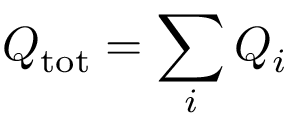
Q _ { \mathrm { t o t } } = \sum _ { i } Q _ { i }